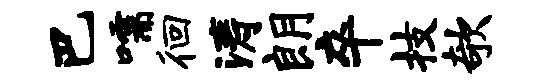
巴嚅徊涛朗卒技欹